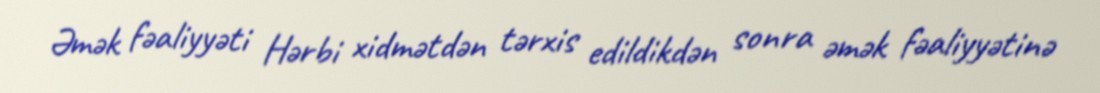
Əmək fəaliyyəti Hərbi xidmətdən tərxis edildikdən sonra əmək fəaliyyətinə